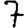
Digit: 7